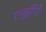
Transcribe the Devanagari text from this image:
एन्ज़ुईगिरी